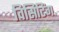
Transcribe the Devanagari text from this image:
विसिटिंग